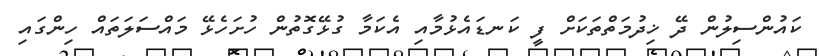
ކައުންސިލުން ދޭ ޚިދުމަތްތަކަށް ފީ ކަނޑައެޅުމާއި އެކަމާ ގުޅޭގޮތުން ހުށަހެޅޭ މައްސަލަތައް ހިންގައި